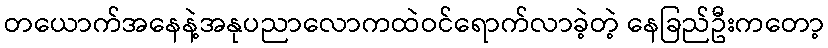
တယောက်အနေနဲ့အနုပညာလောကထဲဝင်ရောက်လာခဲ့တဲ့ နေခြည်ဦးကတော့